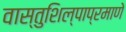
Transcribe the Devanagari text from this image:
वास्तुशिल्पाप्रमाणे